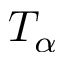
T _ { \alpha }